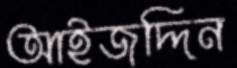
আইজদ্দিন